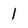
Character: l